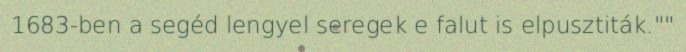
1683-ben a segéd lengyel seregek e falut is elpusztiták.""